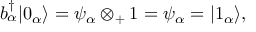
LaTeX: b _ { \alpha } ^ { \dagger } | 0 _ { \alpha } \rangle = \psi _ { \alpha } \otimes _ { + } 1 = \psi _ { \alpha } = | 1 _ { \alpha } \rangle ,